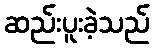
ဆည်းပူးခဲ့သည်